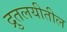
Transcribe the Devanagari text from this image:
द्रुतलयीतील